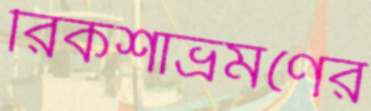
রিকশাভ্রমণের